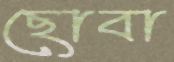
ছোবা